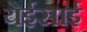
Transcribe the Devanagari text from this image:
येईसाई